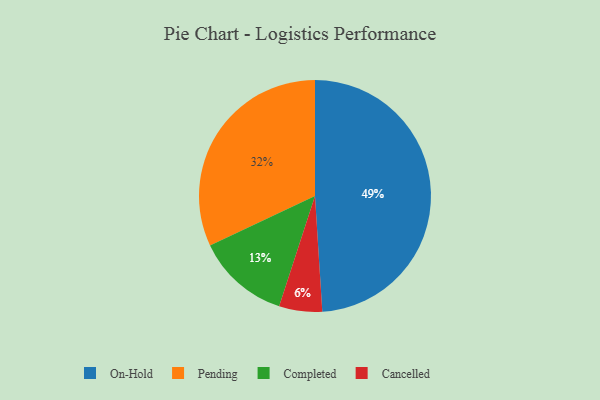
{"axis": {"x": "Category", "y": "Percentage"}, "legend": ["Cancelled", "Completed", "On-Hold", "Pending"], "data": [{"x": "Completed", "y": 13, "type": "Completed"}, {"x": "Cancelled", "y": 6, "type": "Cancelled"}, {"x": "Pending", "y": 32, "type": "Pending"}, {"x": "On-Hold", "y": 49, "type": "On-Hold"}]}